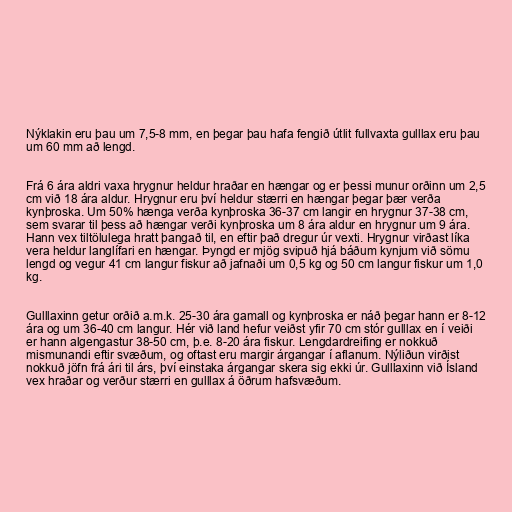
Nýklakin eru þau um 7,5-8 mm, en þegar þau hafa fengið útlit fullvaxta gulllax eru þau
um 60 mm að lengd.

Frá 6 ára aldri vaxa hrygnur heldur hraðar en hængar og er þessi munur orðinn um 2,5
cm við 18 ára aldur. Hrygnur eru því heldur stærri en hængar þegar þær verða
kynþroska. Um 50% hænga verða kynþroska 36-37 cm langir en hrygnur 37-38 cm,
sem svarar til þess að hængar verði kynþroska um 8 ára aldur en hrygnur um 9 ára.
Hann vex tiltölulega hratt þangað til, en eftir það dregur úr vexti. Hrygnur virðast líka
vera heldur langlífari en hængar. Þyngd er mjög svipuð hjá báðum kynjum við sömu
lengd og vegur 41 cm langur fiskur að jafnaði um 0,5 kg og 50 cm langur fiskur um 1,0
kg.

Gulllaxinn getur orðið a.m.k. 25-30 ára gamall og kynþroska er náð þegar hann er 8-12
ára og um 36-40 cm langur. Hér við land hefur veiðst yfir 70 cm stór gulllax en í veiði
er hann algengastur 38-50 cm, þ.e. 8-20 ára fiskur. Lengdardreifing er nokkuð
mismunandi eftir svæðum, og oftast eru margir árgangar í aflanum. Nýliðun virðist
nokkuð jöfn frá ári til árs, því einstaka árgangar skera sig ekki úr. Gulllaxinn við Ísland
vex hraðar og verður stærri en gulllax á öðrum hafsvæðum.